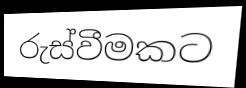
රුස්වීමකට